system: You are a helpful assistant.
user:
Analyze the provided spectrum to determine if it is a **S-type Star**.

- **Key Indicators for S-type Star:**

    - **(Overall Spectrum Shape):** The first and most obvious characteristic is the overall continuum (the "baseline" shape). It is **extremely "red-sloping,"** meaning the flux (light intensity) is very low on the left side (blue, ~4000-4500 Å) and rises steeply and continuously toward the right side (red, ~7000 Å+).

    - **(Primary):** The spectrum is defined by the presence of strong, broad molecular absorption "valleys" (bands) from **Zirconium Oxide (ZrO)**. The identification of these bands is the **primary requirement** for classifying a star as S-type.
        - **(Key Bandheads):** You must find distinct, deep "dips" where the light has been absorbed. The most critical band systems to locate are:
            - **~6474 Å** ($\gamma$-system): This is often the strongest and clearest ZrO feature, found in the red part of the spectrum.
            - **~5718 Å** & **~5551 Å** ($\beta$-system): A pair of prominent absorption features in the yellow-orange part of the spectrum.
            - **~4640 Å** ($\alpha$-system): A key absorption band system in the blue-green region of the spectrum.

    - **(Secondary Confirmation):** The classification is strengthened by finding additional absorption bands from other related heavy element oxides, which are expected to be present alongside ZrO.
        - **(Key Bandheads):**
            - **Yttrium Oxide (YO):** Look for absorption dips near **~4800 Å** and **~6100 Å**.
            - **Lanthanum Oxide (LaO):** Additional absorption features, particularly in the red-orange part of the spectrum, are also characteristic.

    - **(Line Profile):** The combination of the steep red continuum and these numerous, deep molecular bands (ZrO, YO, etc.) gives the entire spectrum a very **"chopped-up"** or **"bumpy"** appearance. Instead of a smooth curve, the spectrum looks as though large, wide chunks of light have been "carved out" of it at the specific wavelengths listed above.

Think first, call **spectral_visualization_tool** if needed to examine features in detail, then provide your final answer. Your response must adhere to the following strict rules:
1.  **Overall Structure:** Your response must follow the format `<think>...</think> <tool_call>...</tool_call> (if a tool is used) <answer>...</answer>`.
2.  **Tool Usage Constraint:** You may only make **one** tool call per turn.
3.  **Final Answer Format:** In the `<answer>` tag, your conclusion must be inside a `\boxed{}` command (e.g., `\boxed{YES}` or `\boxed{NO}`), followed by your justification.

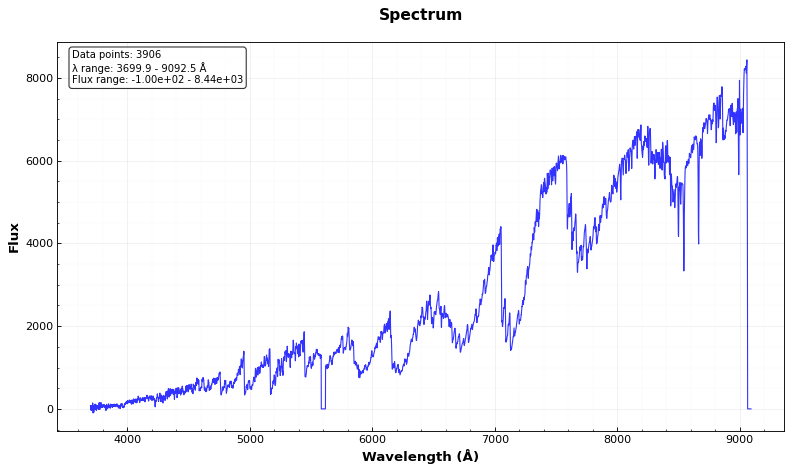
Answer: YES